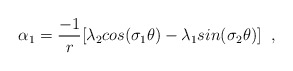
\begin{align*} \alpha_{1}=\frac{-1}{r}[\lambda_{2}cos(\sigma_{1}\theta) -\lambda_{1}sin(\sigma_{2}\theta)] \;\;,\end{align*}